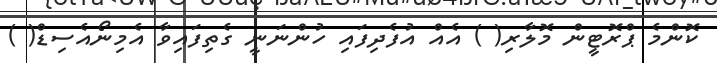
ކޮންމެ ޕްރޮޓީން މޮލާރި( ) އެއް އުފެދިފައި ހުންނަނީ ގެތިފައިވާ އެމިނޯއެސިޑް( )